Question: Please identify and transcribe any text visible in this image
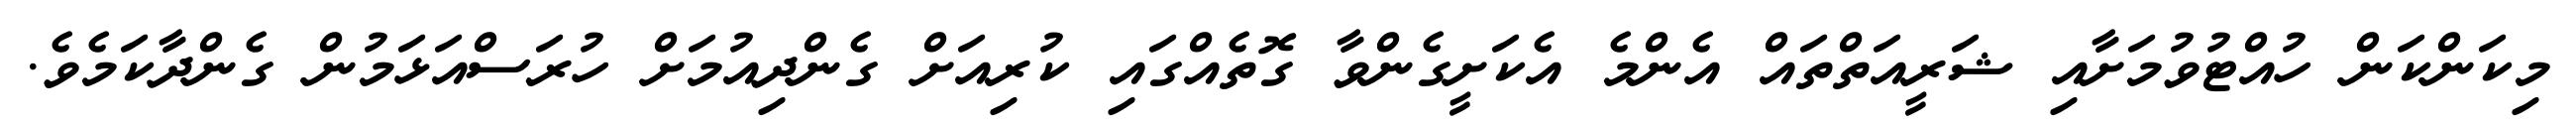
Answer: މިކަންކަން ހުއްޓުވުމަށާއި ޝަރީއަތްތައް އެންމެ އެކަށީގެންވާ ގޮތެއްގައި ކުރިއަށް ގެންދިއުމަށް ހުރަސްއަޅަމުން ގެންދާކަމެވެ.